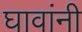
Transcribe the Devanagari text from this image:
घावांनी